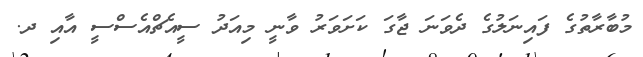
މުބާރާތުގެ ފައިނަލުގެ ދެވަނަ ޖާގަ ކަށަވަރު ވާނީ މިއަދު ސީއެޗްއެސްސީ އާއި ދ.